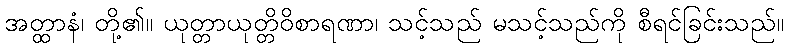
အတ္ထာနံ၊ တို့၏။ ယုတ္တာယုတ္တိဝိစာရဏာ၊ သင့်သည် မသင့်သည်ကို စီရင်ခြင်းသည်။